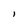
Character: l